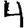
Digit: 4